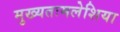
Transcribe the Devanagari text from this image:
मुख्यतःमलेशिया